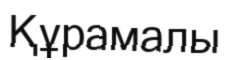
Құрамалы